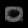
Digit: ၀